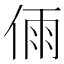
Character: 𠉴